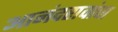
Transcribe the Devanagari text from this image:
आनंदरावांचा